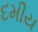
દમીય